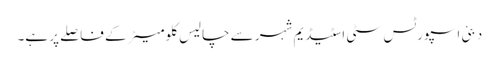
دبئی اسپورٹس سٹی اسٹیڈیم شہر سے چالیس کلومیٹر کے فاصلے پر ہے۔